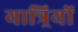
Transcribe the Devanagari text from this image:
यात्र्रियों